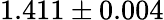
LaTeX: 1.411\pm 0.004